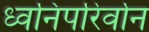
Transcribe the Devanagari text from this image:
ध्वनिपरिर्वान